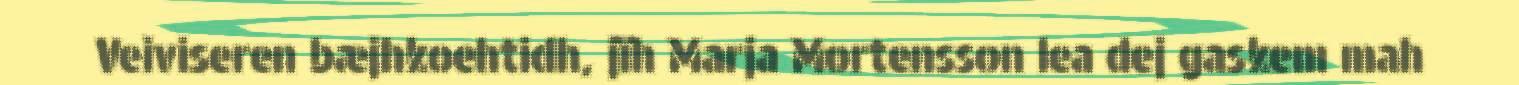
Veiviseren bæjhkoehtidh, jïh Marja Mortensson lea dej gaskem mah